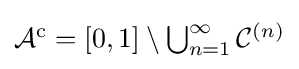
{\textstyle {\mathcal {A}}^{\mathrm {c} }=[0,1]\setminus \bigcup _{n=1}^{\infty }{\mathcal {C}}^{(n)}}